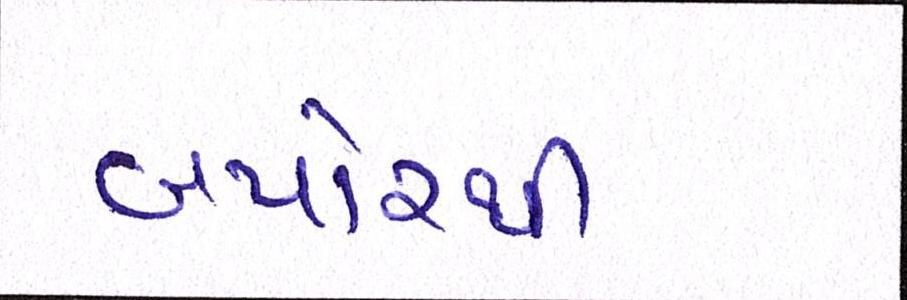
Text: બપોરથી